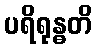
ပရိရုန္ဓတိ